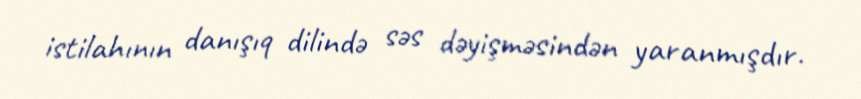
istilahının danışıq dilində səs dəyişməsindən yaranmışdır.